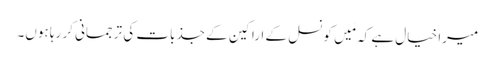
میرا خیال ہے کہ مَیں کونسل کے اراکین کے جذبات کی ترجمانی کر رہا ہوں۔